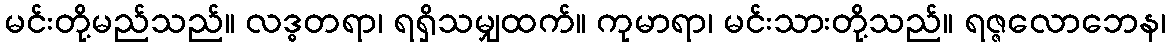
မင်းတို့မည်သည်။ လဒ္ဓတရာ၊ ရရှိသမျှထက်။ ကုမာရာ၊ မင်းသားတို့သည်။ ရဇ္ဇလောဘေန၊